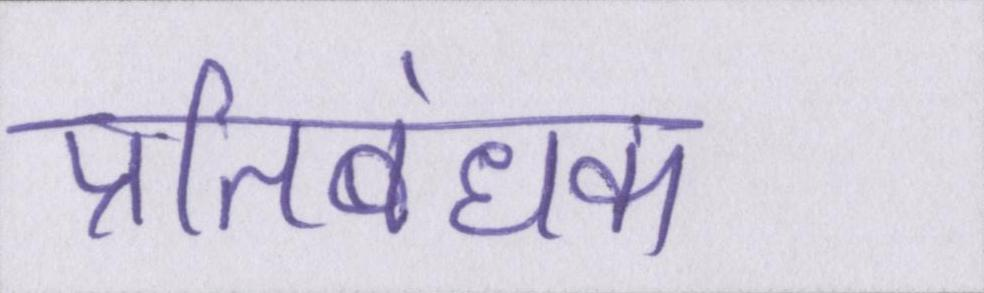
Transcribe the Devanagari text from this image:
प्रतिबंधक